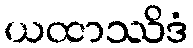
ယထာဿိဒံ